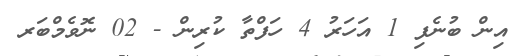
އިން ބުނެފި 1 އަހަރު 4 ހަފްތާ ކުރިން - 02 ނޮވެމްބަރ